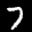
Label: 7